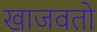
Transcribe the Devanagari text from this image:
खाजवतो